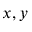
x , y